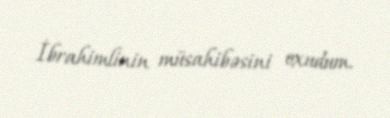
İbrahimlinin müsahibəsini oxudum.